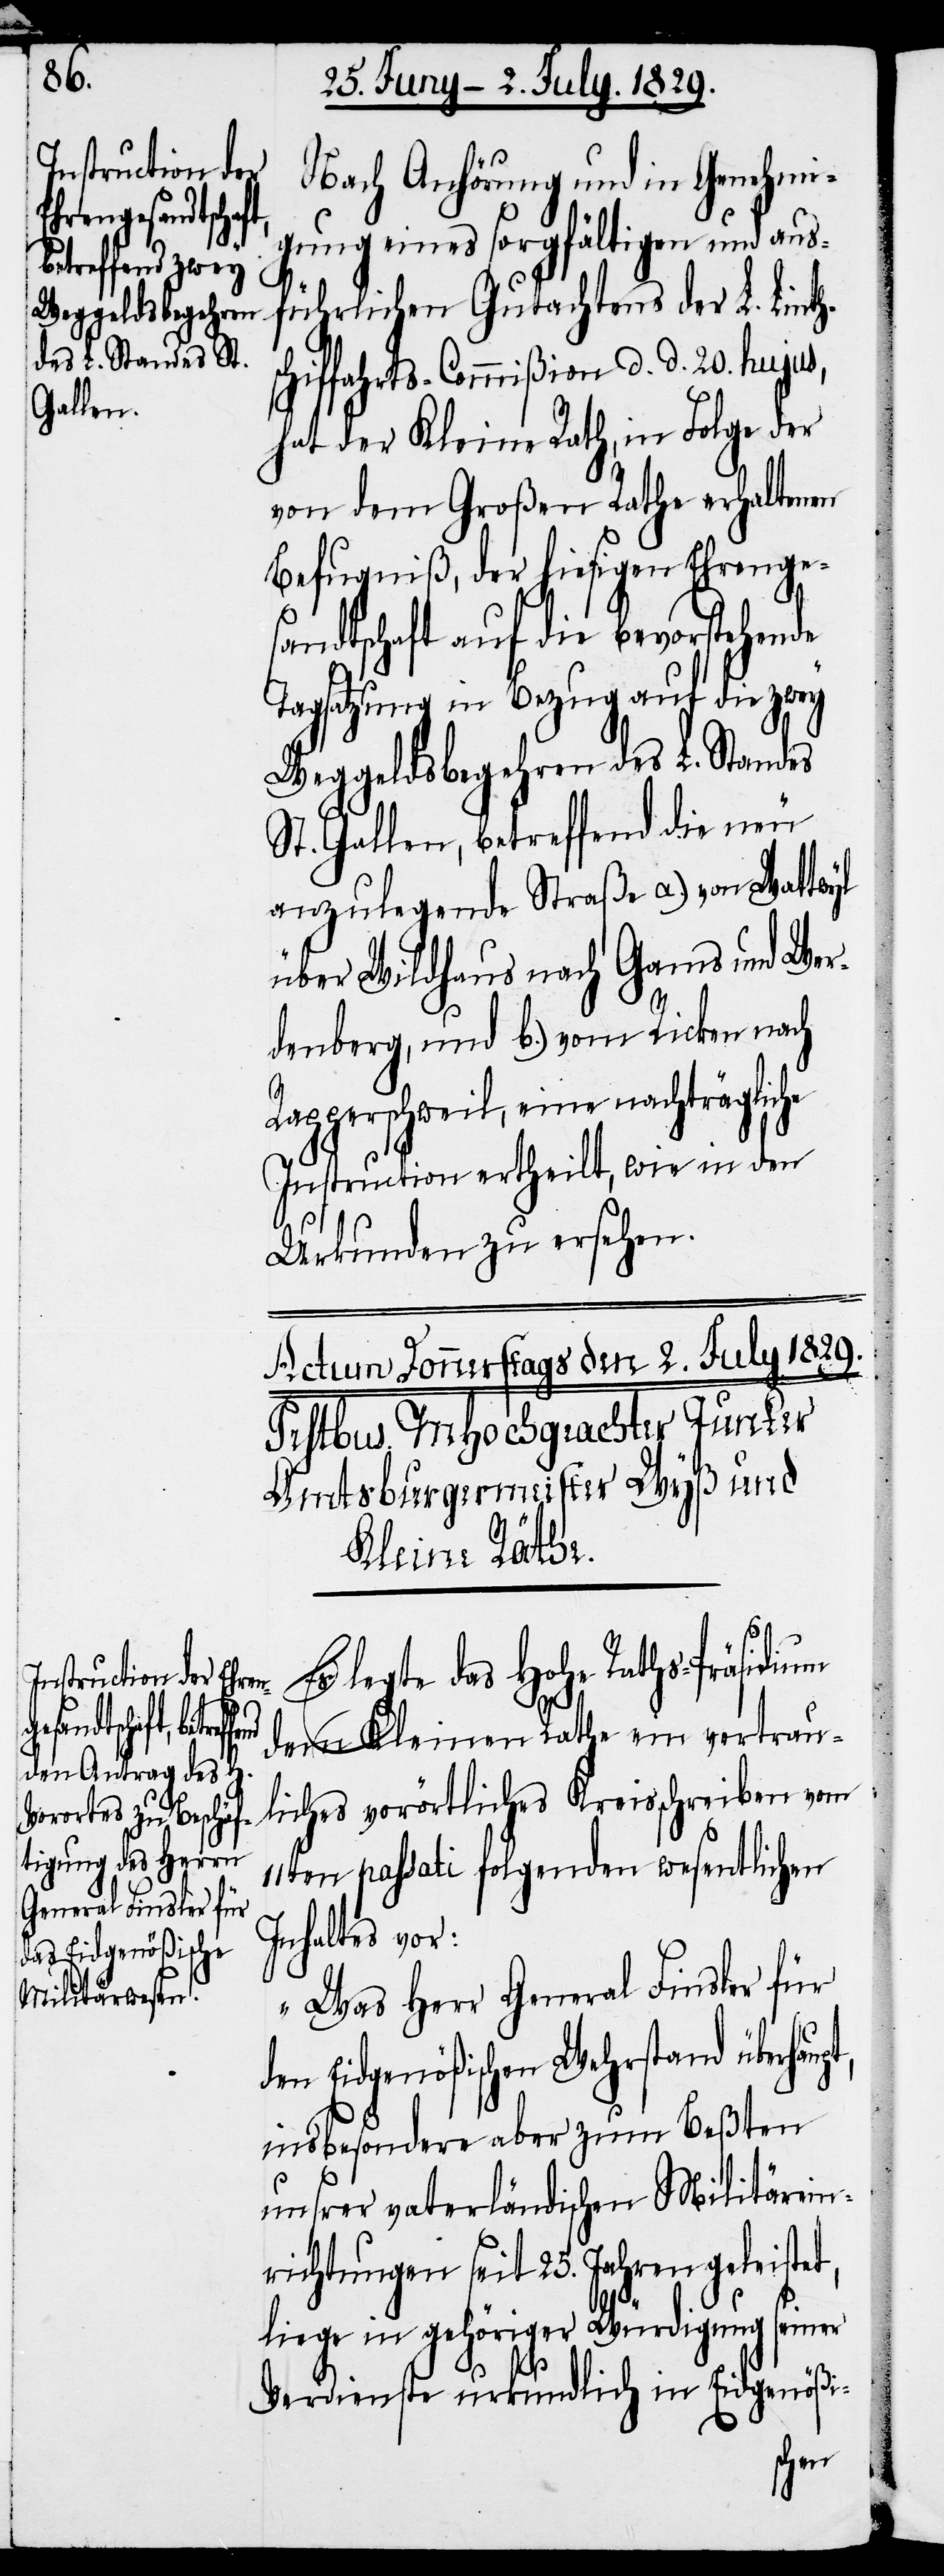
Nach Anhörung und in Genehmi¬
gung eines sorgfältigen und aus¬
h¬
führlichen Gutachtens der L. Lint¬
schiffahrts-Commißion d. d. 20. hujus,
hat der Kleine Rath, in Folge der
von dem Großen Rathe erhaltenen
Befugniß, der hiesigen Ehrenge¬
sandtschaft auf die bevorstehende
Tagsatzung in Bezug auf die zwey
Weggeldsbegehren des L. Standes
St. Gallen, betreffend die neu
anzulegende Straße a.) von Wattwyl
über Wildhaus nach Gams und Wer¬
denberg, und b.) vom Ricken nach
Rapperschweil, eine nachträgliche
Instruction ertheilt, wie in den
Urkunden zu ersehen.
Es legte das Hohe Raths-Präsidium
pt,
dem Kleinen Rathe ein vertrau¬
liches vorörtliches Kreisschreiben vom
11ten passati folgenden wesentlichen
Inhaltes vor:
„Was Herr General Finsler für
den Eidgenößischen Wehrstand überhau¬
insbesondere aber zum Beßten
unsrer vaterländischen Militärein¬
richtungen seit 25. Jahren geleistet,
liege in gehöriger Würdigung seiner
Verdienste urkundlich in Eidgenößi-